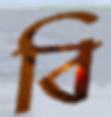
বি